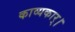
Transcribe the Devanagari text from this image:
काव्यकार्।